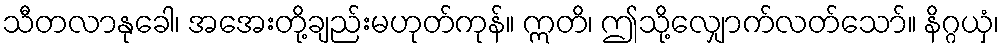
သီတလာနုခေါ၊ အအေးတို့ချည်းမဟုတ်ကုန်။ ဣတိ၊ ဤသို့လျှောက်လတ်သော်။ နိဂ္ဂယှံ၊